Report on vaccination in Madras 1922-1929 - 1922-1929
Year: 1922
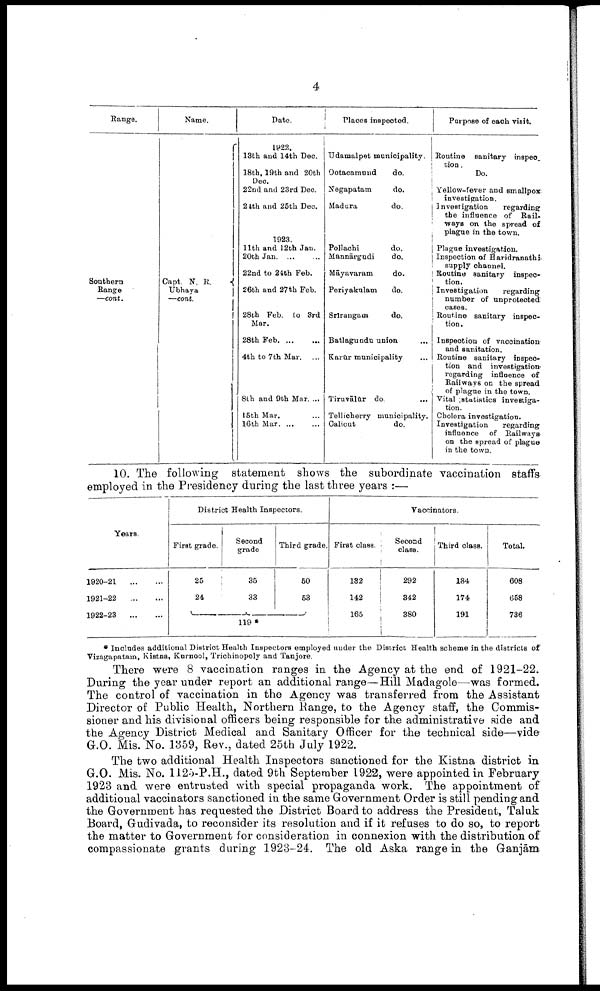
4
Range.
Southern
Range
—cont.
Name.
Capt. N. R.
Ubhaya
—cont.
Date.
1922.
13th and 14th Dec.
18th, 19th and 20th
Dec.
22nd and 23rd Dec.
21th and 25th Dec.
1923.
11th and 12th Jan.
20bh Jan. ... ...
22nd to 24th Feb.
26th and 27th Feb.
28th Feb. to 3rd
Mar.
28th Feb. ... ...
4th to 7th Mar. ...
8th and 9th Mar. ...
15th Mar. ...
16th Mar. ... ...
Places inspected.
Udamalpet municipality.
Ootacamuud
do.
Negapatam
do.
Madura
do.
Pollachi
do.
Mannārgudi
do.
Māyavaram
do.
Periyakulam
do.
Srirangam
do.
Batlagundu union
Karūr municipality
Tiruvālur do. ...
Tellicherry municipality.
Calicut
do.
Purpose of each visit.
Routine sanitary inspec¬
tion.
Do.
Yellow-fever and smallpox
investigation.
Investigation
regarding
the influence of Rail¬
ways on the spread of
plague in the town.
Plague investigation.
Inspection of Haridranathi
supply channel.
Routine sanitary inspec¬
tion.
Investigation
regarding
number of unprotected
cases.
Routine sanitary inspec¬
tion.
Inspection of vaccination
and sanitation.
Routine sanitary inspec
tion and investigation
regarding influence of
Railways on the spread
of plague in the town.
Vital :statistics investiga
tion.
Cholera investigation.
Investigation
regarding
influence of Railways
on the spread of plague
in the town.
10. The following statement shows the subordinate vaccination staffs
employed in the Presidency during the last three years :—
Years.
1920-21
...
...
1921-22
...
...
1922-23
...
...
District Health Inspectors.
First grade.
25
24
Second
grade
35
33
Third grade.
50
53
119*
First class.
132
142
165
Vaccinators.
Second
class.
292
342
380
Third class.
184
174
191
Total.
608
658
736
* Includes additional District Health Inspectors employed under the District Health scheme in the districts of
Vizagapatam, Kistna, Kurnool, Trichinopoly and Tanjore.
There were 8 vaccination ranges in the Agency at the end of 1921-22.
During the year under report an additional range—Hill Madagole—was formed.
The control of vaccination in the Agency was transferred from the Assistant
Director of Public Health, Northern Range, to the Agency staff, the Commis
sioner and his divisional officers being responsible for the administrative side and
the Agency District Medical and Sanitary Officer for the technical side—vide
G.O. Mis. No. 1359, Rev., dated 25th July 1922.
The two additional Health Inspectors sanctioned for the Kistna district in
G.O. Mis. No. 1125-P.H., dated 9th September 1922, were appointed in February
1923 and were entrusted with special propaganda work. The appointment of
additional vaccinators sanctioned in the same Government Order is still pending and
the Government has requested the District Board to address the President, Taluk
Board, Gudivada, to reconsider its resolution and if it refuses to do so, to report
the matter to Government for consideration in connexion with the distribution of
compassionate grants during 1923-24. The old Aska range in the Ganjām